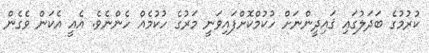
ކުރުމުގެ ބަދަލުގައި ޤައިދީންނަށް ހުކުމްކޮށްފައިވަނީ މަރުގެ ހުކުމެއް ހެންނެވެ. އެއީ އެކަން ވެެގެން